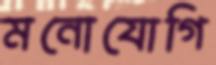
মনোযোগি